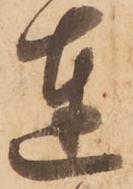
達